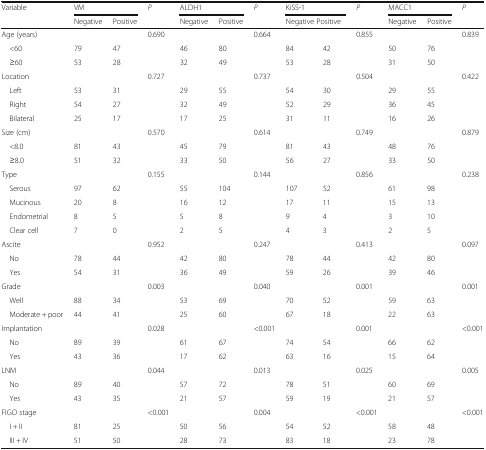
<table><thead><tr><td rowspan="2"><b>Variable</b></td><td colspan="2"><b>VM</b></td><td rowspan="2"><b><i>P</i></b></td><td colspan="2"><b>ALDH1</b></td><td rowspan="2"><b><i>P</i></b></td><td colspan="2"><b>KiSS-1</b></td><td rowspan="2"><b><i>P</i></b></td><td colspan="2"><b>MACC1</b></td><td rowspan="2"><b><i>P</i></b></td></tr><tr><td><b>Negative</b></td><td><b>Positive</b></td><td><b>Negative</b></td><td><b>Positive</b></td><td colspan="2"><b>Negative Positive</b></td><td><b>Negative</b></td><td><b>Positive</b></td></tr></thead><tbody><tr><td>Age (years)</td><td></td><td></td><td>0.690</td><td></td><td></td><td>0.664</td><td></td><td></td><td>0.855</td><td></td><td></td><td>0.839</td></tr><tr><td> &lt;60</td><td>79</td><td>47</td><td></td><td>46</td><td>80</td><td></td><td>84</td><td>42</td><td></td><td>50</td><td>76</td><td></td></tr><tr><td> ≥60</td><td>53</td><td>28</td><td></td><td>32</td><td>49</td><td></td><td>53</td><td>28</td><td></td><td>31</td><td>50</td><td></td></tr><tr><td>Location</td><td></td><td></td><td>0.727</td><td></td><td></td><td>0.737</td><td></td><td></td><td>0.504</td><td></td><td></td><td>0.422</td></tr><tr><td> Left</td><td>53</td><td>31</td><td></td><td>29</td><td>55</td><td></td><td>54</td><td>30</td><td></td><td>29</td><td>55</td><td></td></tr><tr><td> Right</td><td>54</td><td>27</td><td></td><td>32</td><td>49</td><td></td><td>52</td><td>29</td><td></td><td>36</td><td>45</td><td></td></tr><tr><td> Bilateral</td><td>25</td><td>17</td><td></td><td>17</td><td>25</td><td></td><td>31</td><td>11</td><td></td><td>16</td><td>26</td><td></td></tr><tr><td>Size (cm)</td><td></td><td></td><td>0.570</td><td></td><td></td><td>0.614</td><td></td><td></td><td>0.749</td><td></td><td></td><td>0.879</td></tr><tr><td> &lt;8.0</td><td>81</td><td>43</td><td></td><td>45</td><td>79</td><td></td><td>81</td><td>43</td><td></td><td>48</td><td>76</td><td></td></tr><tr><td> ≥8.0</td><td>51</td><td>32</td><td></td><td>33</td><td>50</td><td></td><td>56</td><td>27</td><td></td><td>33</td><td>50</td><td></td></tr><tr><td>Type</td><td></td><td></td><td>0.155</td><td></td><td></td><td>0.144</td><td></td><td></td><td>0.856</td><td></td><td></td><td>0.238</td></tr><tr><td> Serous</td><td>97</td><td>62</td><td></td><td>55</td><td>104</td><td></td><td>107</td><td>52</td><td></td><td>61</td><td>98</td><td></td></tr><tr><td> Mucinous</td><td>20</td><td>8</td><td></td><td>16</td><td>12</td><td></td><td>17</td><td>11</td><td></td><td>15</td><td>13</td><td></td></tr><tr><td> Endometrial</td><td>8</td><td>5</td><td></td><td>5</td><td>8</td><td></td><td>9</td><td>4</td><td></td><td>3</td><td>10</td><td></td></tr><tr><td> Clear cell</td><td>7</td><td>0</td><td></td><td>2</td><td>5</td><td></td><td>4</td><td>3</td><td></td><td>2</td><td>5</td><td></td></tr><tr><td>Ascite</td><td></td><td></td><td>0.952</td><td></td><td></td><td>0.247</td><td></td><td></td><td>0.413</td><td></td><td></td><td>0.097</td></tr><tr><td> No</td><td>78</td><td>44</td><td></td><td>42</td><td>80</td><td></td><td>78</td><td>44</td><td></td><td>42</td><td>80</td><td></td></tr><tr><td> Yes</td><td>54</td><td>31</td><td></td><td>36</td><td>49</td><td></td><td>59</td><td>26</td><td></td><td>39</td><td>46</td><td></td></tr><tr><td>Grade</td><td></td><td></td><td>0.003</td><td></td><td></td><td>0.040</td><td></td><td></td><td>0.001</td><td></td><td></td><td>0.001</td></tr><tr><td> Well</td><td>88</td><td>34</td><td></td><td>53</td><td>69</td><td></td><td>70</td><td>52</td><td></td><td>59</td><td>63</td><td></td></tr><tr><td> Moderate + poor</td><td>44</td><td>41</td><td></td><td>25</td><td>60</td><td></td><td>67</td><td>18</td><td></td><td>22</td><td>63</td><td></td></tr><tr><td>Implantation</td><td></td><td></td><td>0.028</td><td></td><td></td><td>&lt;0.001</td><td></td><td></td><td>0.001</td><td></td><td></td><td>&lt;0.001</td></tr><tr><td> No</td><td>89</td><td>39</td><td></td><td>61</td><td>67</td><td></td><td>74</td><td>54</td><td></td><td>66</td><td>62</td><td></td></tr><tr><td> Yes</td><td>43</td><td>36</td><td></td><td>17</td><td>62</td><td></td><td>63</td><td>16</td><td></td><td>15</td><td>64</td><td></td></tr><tr><td>LNM</td><td></td><td></td><td>0.044</td><td></td><td></td><td>0.013</td><td></td><td></td><td>0.025</td><td></td><td></td><td>0.005</td></tr><tr><td> No</td><td>89</td><td>40</td><td></td><td>57</td><td>72</td><td></td><td>78</td><td>51</td><td></td><td>60</td><td>69</td><td></td></tr><tr><td> Yes</td><td>43</td><td>35</td><td></td><td>21</td><td>57</td><td></td><td>59</td><td>19</td><td></td><td>21</td><td>57</td><td></td></tr><tr><td>FIGO stage</td><td></td><td></td><td>&lt;0.001</td><td></td><td></td><td>0.004</td><td></td><td></td><td>&lt;0.001</td><td></td><td></td><td>&lt;0.001</td></tr><tr><td> I + II</td><td>81</td><td>25</td><td></td><td>50</td><td>56</td><td></td><td>54</td><td>52</td><td></td><td>58</td><td>48</td><td></td></tr><tr><td> III + IV</td><td>51</td><td>50</td><td></td><td>28</td><td>73</td><td></td><td>83</td><td>18</td><td></td><td>23</td><td>78</td><td></td></tr></tbody></table>